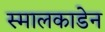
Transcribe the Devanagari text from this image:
स्मालकाडेन